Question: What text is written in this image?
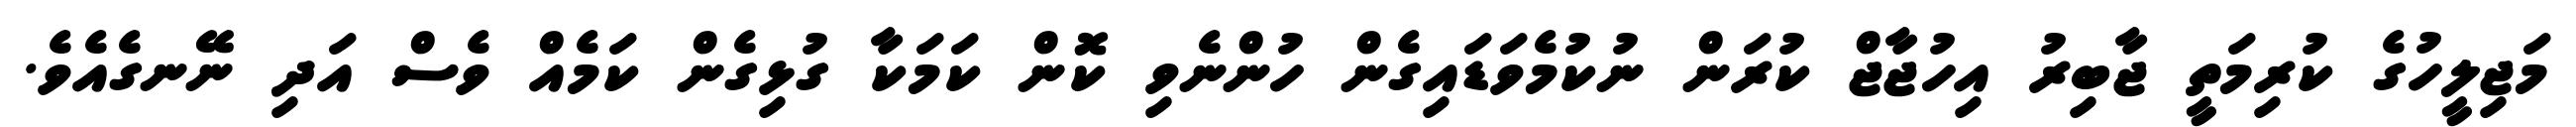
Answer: މަޖިލީހުގެ ކުރިމަތީ ޖާބިރު އިހުޖާޖް ކުރަން ނުކުމެވަޑައިގެން ހުންނެވި ކޮން ކަމަކާ ގުޅިގެން ކަމެއް ވެސް އަދި ނޭނގެއެވެ.